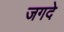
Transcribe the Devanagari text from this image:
जगदे